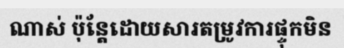
ណាស់ ប៉ុន្តែដោយសារតម្រូវការផ្ទុកមិន